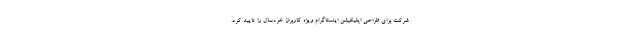
شرکت برای طراحی اپلیکیشن اینستاگرام ویژه کاربران خردسال را تایید کرد.